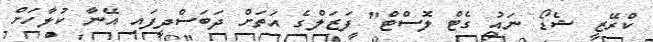
ކްރޭޒީ ޝެޑޯ ނައު ގެޓް ލޮސްޓް" ފަޒަލްގެ އަތަށް ދަބަސްދީފައި އޭނާ ކުލާހަށް